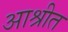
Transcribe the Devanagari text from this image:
आश्रीत